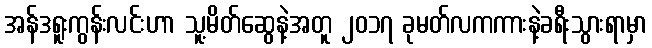
အန်ဒရူးကွန်းလင်းဟာ သူ့မိတ်ဆွေနဲ့အတူ ၂၀၁၇ ခုမတ်လကကားနဲ့ခရီးသွားရာမှာ